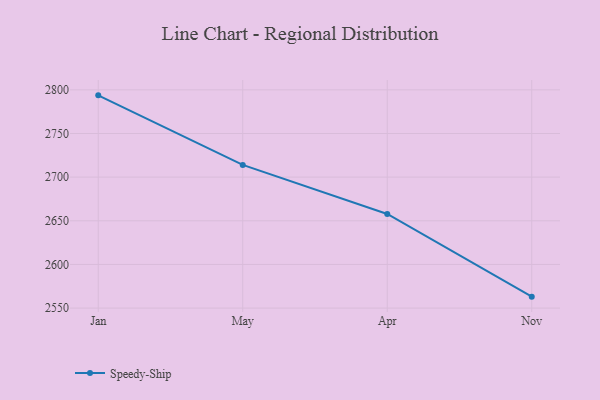
{"axis": {"x": "Month", "y": "Revenue (USD Million)"}, "legend": ["Speedy-Ship"], "data": [{"x": "Jan", "y": 2793.7, "type": "Speedy-Ship"}, {"x": "May", "y": 2714.0, "type": "Speedy-Ship"}, {"x": "Apr", "y": 2657.8, "type": "Speedy-Ship"}, {"x": "Nov", "y": 2563.1, "type": "Speedy-Ship"}]}